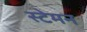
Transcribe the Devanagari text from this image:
स्टेमन